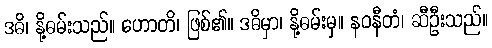
ဒဓိ၊ နို့ဓမ်းသည်။ ဟောတိ၊ ဖြစ်၏။ ဒဓိမှာ၊ နို့ဓမ်းမှ။ နဝနီတံ၊ ဆီဦးသည်။